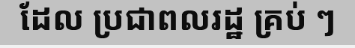
ដែល ប្រជាពលរដ្ឋ គ្រប់ ៗ